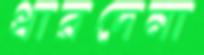
ধারদেনা